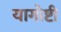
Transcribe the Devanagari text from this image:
यागोष्टी